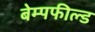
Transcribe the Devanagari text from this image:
बेम्पफील्ड